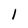
Character: 1